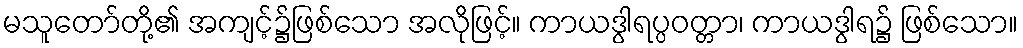
မသူတော်တို့၏ အကျင့်၌ဖြစ်သော အလိုဖြင့်။ ကာယဒွါရပ္ပဝတ္တာ၊ ကာယဒွါရ၌ ဖြစ်သော။